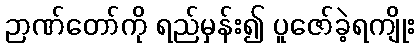
ဉာဏ်တော်ကို ရည်မှန်း၍ ပူဇော်ခဲ့ရကျိုး